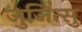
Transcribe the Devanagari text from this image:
जुजित्सु